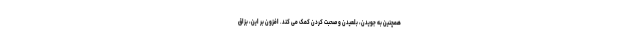
همچنین به جویدن، بلعیدن و صحبت کردن کمک می کند. افزون بر این، بزاق